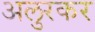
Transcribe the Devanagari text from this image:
अलुरकर